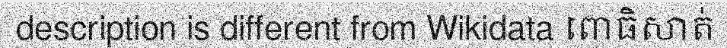
description is different from Wikidata ពោធិសាត់